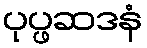
ပုပ္ဖဆဒနံ